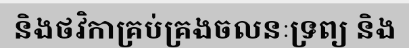
និងថវិកាគ្រប់គ្រងចលនៈទ្រព្យ និង